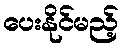
ပေးနိုင်မည့်